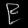
Digit: ၉